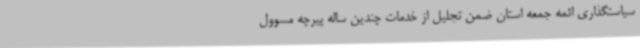
سیاستگذاری ائمه جمعه استان ضمن تجلیل از خدمات چندین ساله پیرچه مسوول